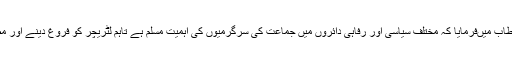
محترم امیرجماعت نے اپنے اختتامی خطاب میںفرمایا کہ مختلف سیاسی اور رفاہی دائروں میں جماعت کی سرگرمیوں کی اہمیت مسلم ہے تاہم لٹریچر کو فروغ دینے اور مطالعہ کروانے کی ازحد ضرورت ہے ۔